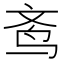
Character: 𬸀